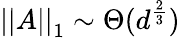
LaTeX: \left|\left|A\right|\right|_{1}\sim\Theta(d^{\frac{2}{3}})